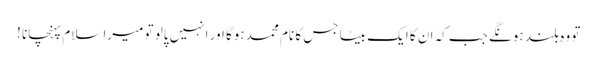
تو وہ بلند ہونگے جب کہ ان کا ایک بیٹا جس کا نام محمد ہوگا اور انہیں پالو تو میرا سلام پہنچانا !